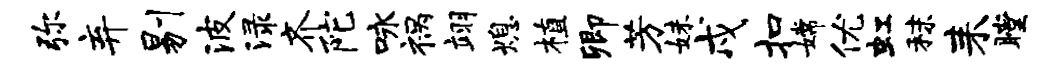
弥弃剔波渌齐陀咏祸翊熄植卿芳妹戍扣嫦优虹秣耒瞠